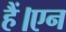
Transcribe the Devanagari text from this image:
हैं।एन